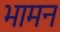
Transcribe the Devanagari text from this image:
भामन